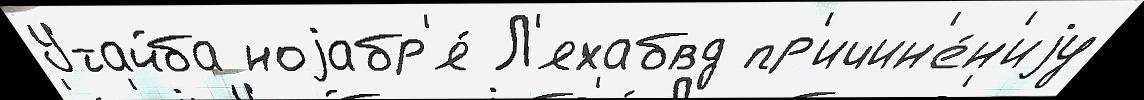
Утайба ноjабр'я́ Л'яхабвд пр'ичин'е́н'иjу